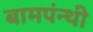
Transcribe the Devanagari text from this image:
बामपंन्थी